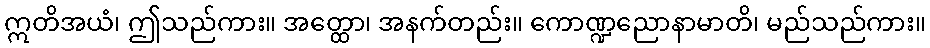
ဣတိအယံ၊ ဤသည်ကား။ အတ္ထော၊ အနက်တည်း။ ကောဏ္ဍညောနာမာတိ၊ မည်သည်ကား။